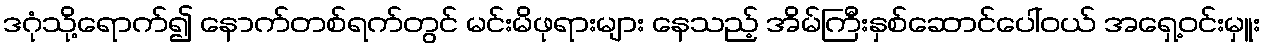
ဒဂုံသို့ရောက်၍ နောက်တစ်ရက်တွင် မင်းမိဖုရားများ နေသည့် အိမ်ကြီးနှစ်ဆောင်ပေါ်ဝယ် အရှေ့ဝင်းမှူး